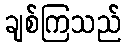
ချစ်ကြသည်